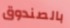
بالصندوق